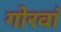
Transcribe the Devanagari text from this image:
गोरवां